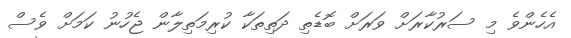
އެހެންވެ މި ސަރުކާރަށް ވަރަށް ބޮޑެތި ދަތިތަކާ ކުރިމަތިލާން ޖެހުނު ކަމަށް ވެސް